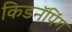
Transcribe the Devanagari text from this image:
किडनॅपिंग